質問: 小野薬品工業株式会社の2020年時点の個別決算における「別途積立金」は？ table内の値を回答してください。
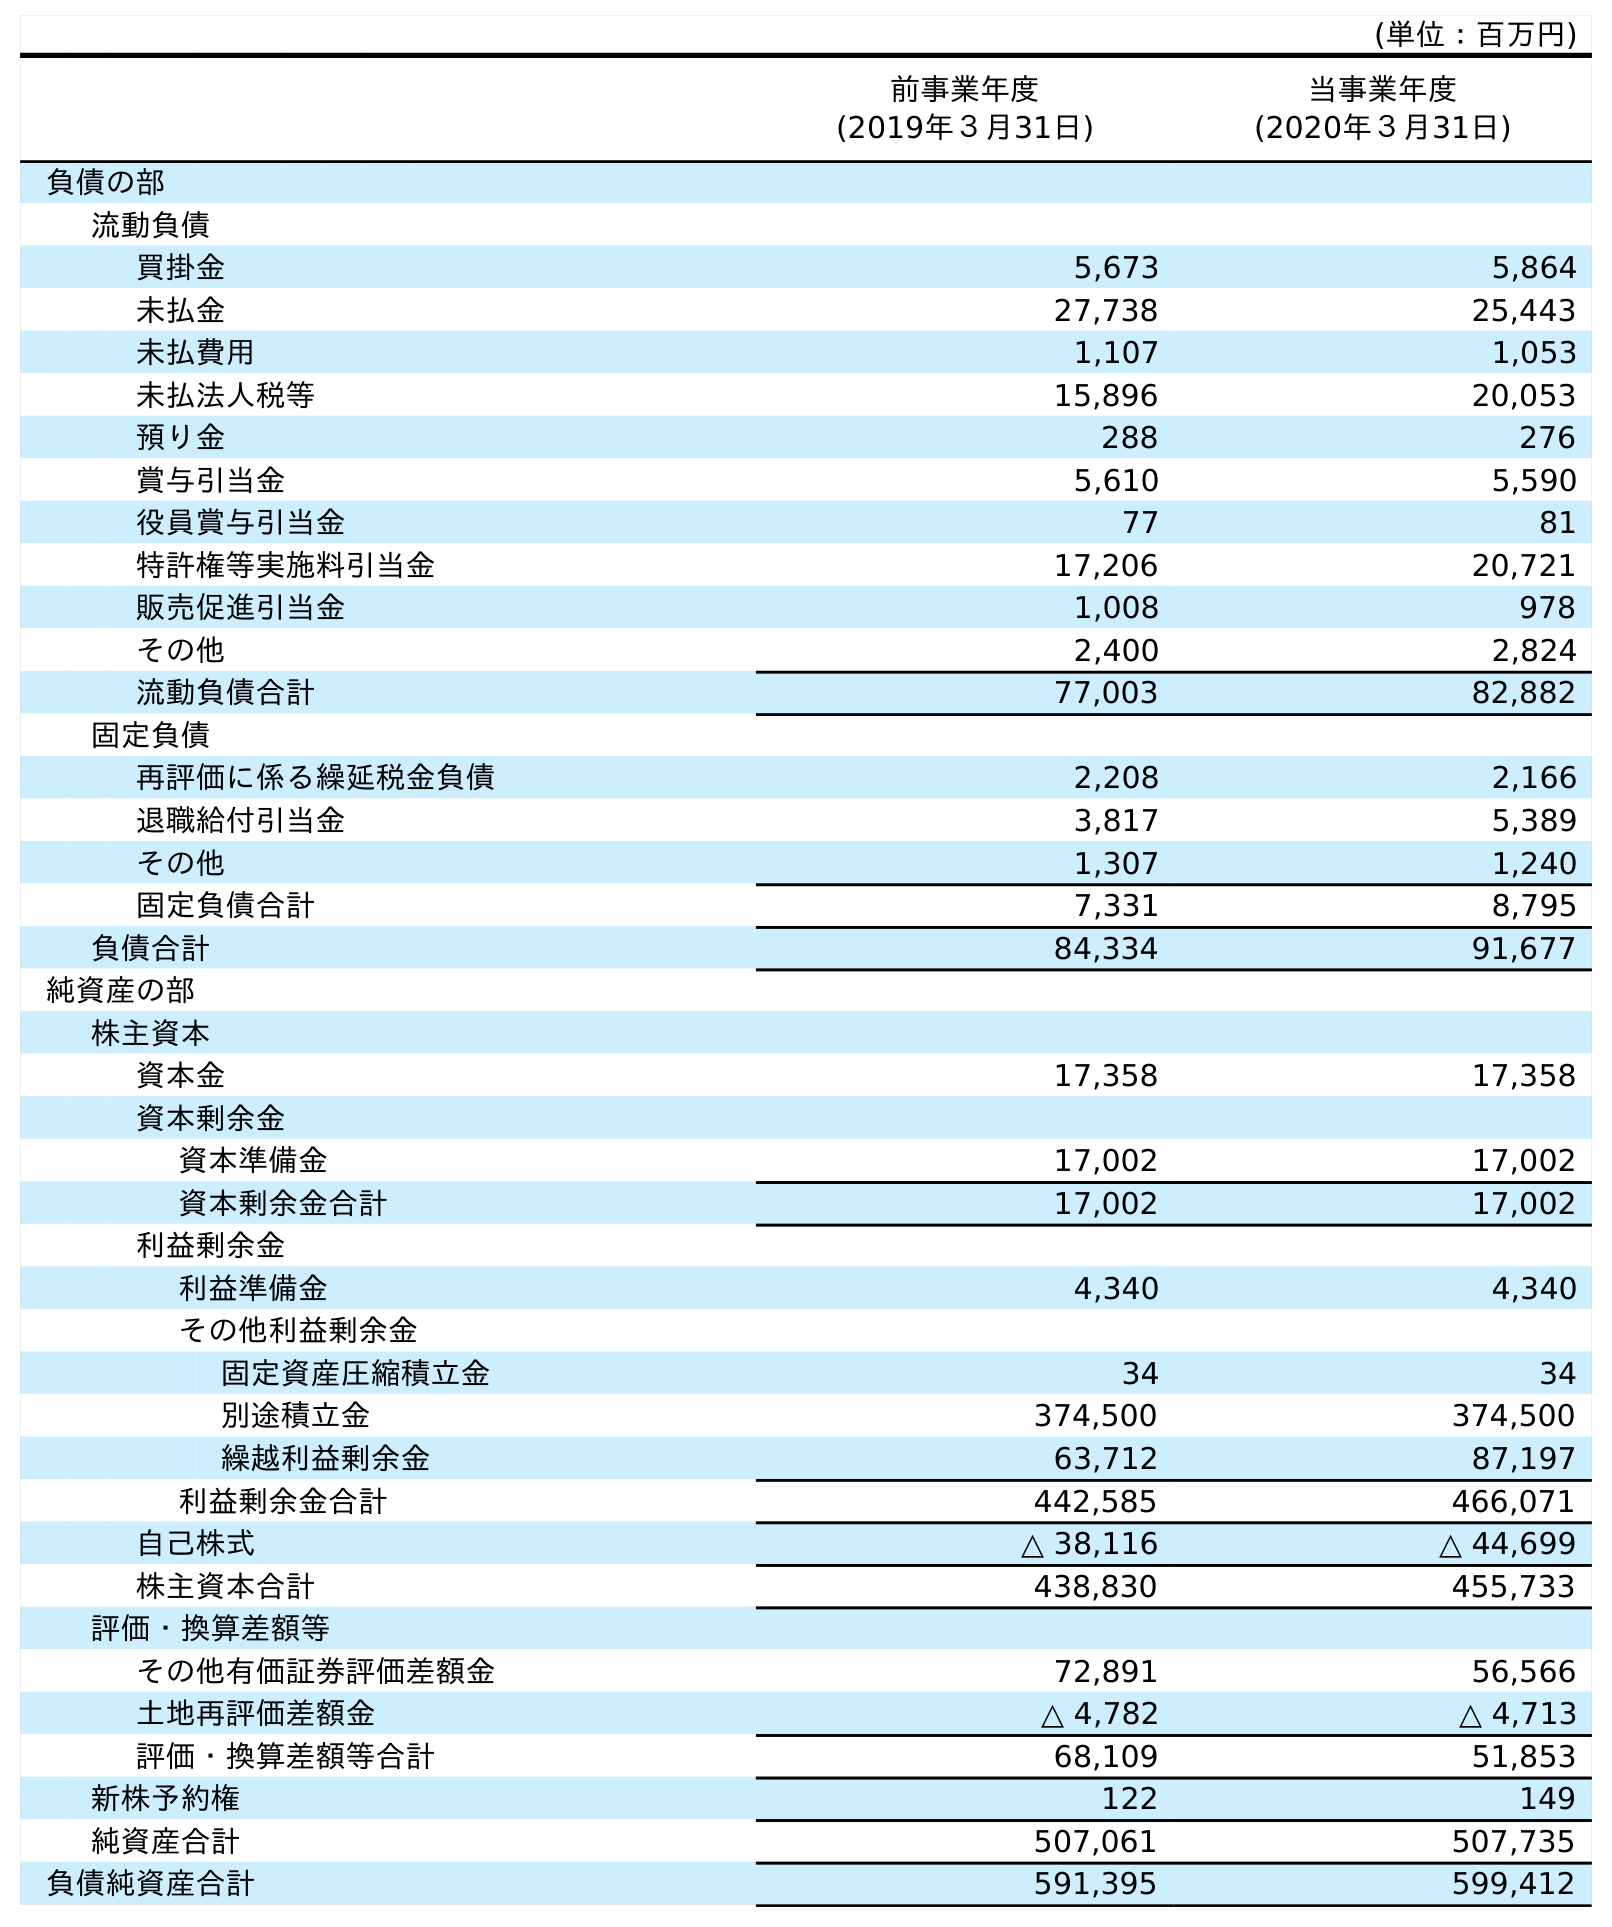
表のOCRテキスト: (単位：百万円) 前事業年度 (2019年３月31日) 当事業年度 (2020年３月31日) 負債の部 流動負債 買掛金 5,673 5,864 未払金 27,738 25,443 未払費用 1,107 1,053 未払法人税等 15,896 20,053 預り金 288 276 賞与引当金 5,610 5,590 役員賞与引当金 77 81 特許権等実施料引当金 17,206 20,721 販売促進引当金 1,008 978 その他 2,400 2,824 流動負債合計 77,003 82,882 固定負債 再評価に係る繰延税金負債 2,208 2,166 退職給付引当金 3,817 5,389 その他 1,307 1,240 固定負債合計 7,331 8,795 負債合計 84,334 91,677 純資産の部 株主資本 資本金 17,358 17,358 資本剰余金 資本準備金 17,002 17,002 資本剰余金合計 17,002 17,002 利益剰余金 利益準備金 4,340 4,340 その他利益剰余金 固定資産圧縮積立金 34 34 別途積立金 374,500 374,500 繰越利益剰余金 63,712 87,197 利益剰余金合計 442,585 466,071 自己株式 △ 38,116 △ 44,699 株主資本合計 438,830 455,733 評価・換算差額等 その他有価証券評価差額金 72,891 56,566 土地再評価差額金 △ 4,782 △ 4,713 評価・換算差額等合計 68,109 51,853 新株予約権 122 149 純資産合計 507,061 507,735 負債純資産合計 591,395 599,412
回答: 374,500